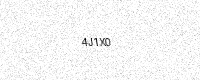
Text: 4J1X0